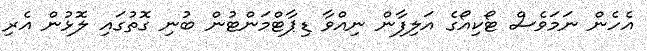
އެހެން ނަމަވެސް ޓޯކިއޯގެ އަލިފާން ނިއްވާ ޑިޕާޓްމަންޓުން ބުނި ގޮތުގައި ލޮޅުން އެރި